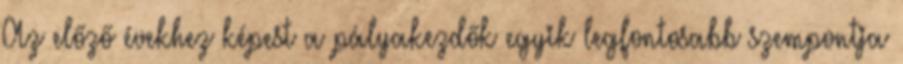
Az előző évekhez képest a pályakezdők egyik legfontosabb szempontja